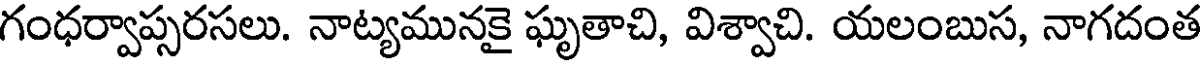
గంధర్వాప్సరసలు. నాట్యమునకై ఘృతాచి, విశ్వాచి. యలంబుస, నాగదంత